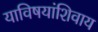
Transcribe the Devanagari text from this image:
याविषयांशिवाय